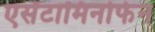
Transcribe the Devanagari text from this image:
एसेंटामिनोफेन